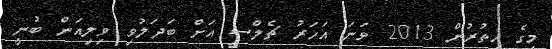
މީގެ އިތުރުން 2013 ވަނަ އަހަރު ޗެލްސީ އަށް ބަދަލުވި ވިލިއަން ބުނީ